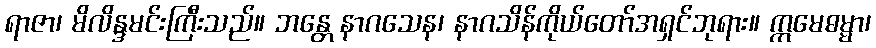
ရာဇာ၊ မိလိန္ဒမင်းကြီးသည်။ ဘန္တေ နာဂသေန၊ နာဂသိန်ကိုယ်တော်အရှင်ဘုရား။ ဣမေဓမ္မာ၊